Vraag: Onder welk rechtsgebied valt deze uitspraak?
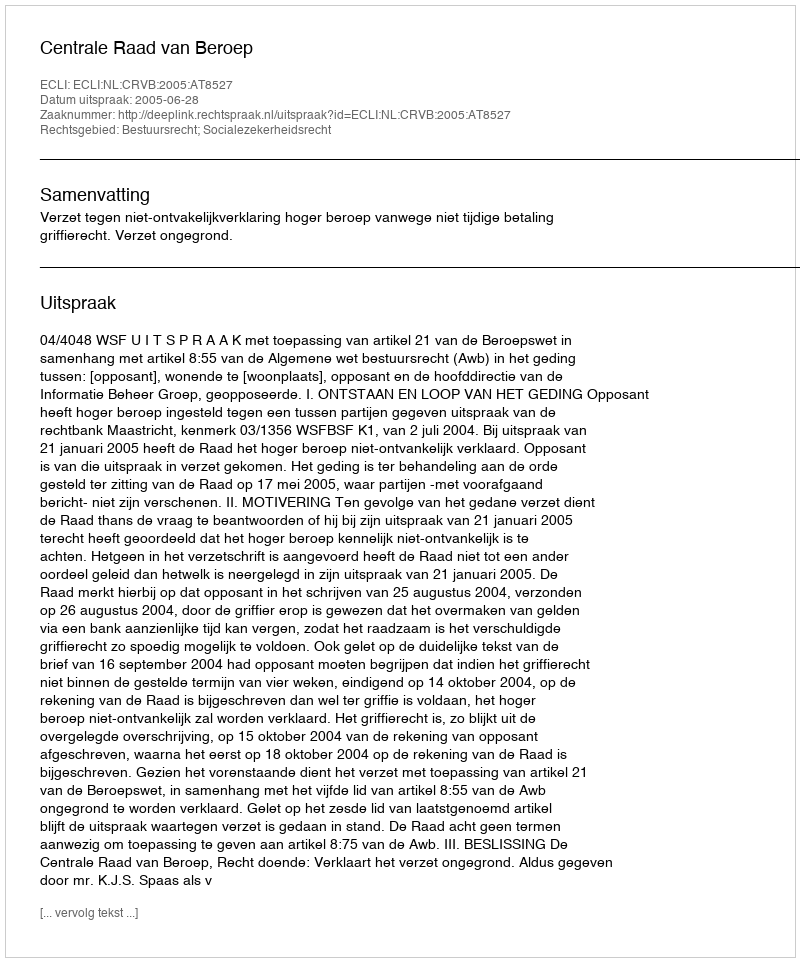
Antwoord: Bestuursrecht; Socialezekerheidsrecht